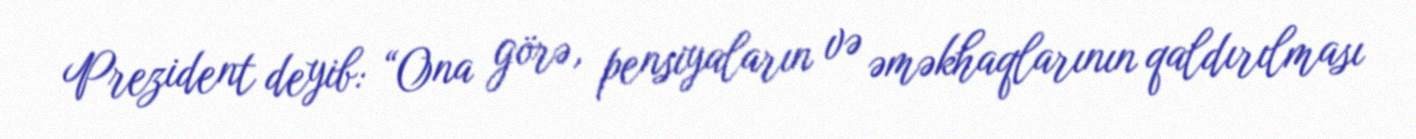
Prezident deyib: “Ona görə, pensiyaların və əməkhaqlarının qaldırılması